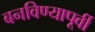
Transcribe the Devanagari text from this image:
बनविण्यापूर्वी